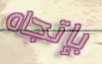
بإتجاه